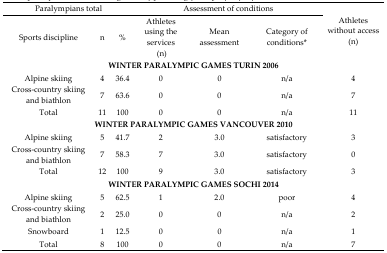
| <COLSPAN=3> Paralympians total | <COLSPAN=3> Assessment of conditions |  |
 | Sports discipline | n | % | Athletes using the services (n) | Mean assessment | Category of conditions* | Athletes without access (n) |
 | --- | --- | --- | --- | --- | --- | --- |
 | <COLSPAN=7> WINTER PARALYMPIC GAMES TURIN 2006 |
 | Alpine skiing | 4 | 36.4 | 0 | 0 | n/a | 4 |
 | Cross-country skiing and biathlon | 7 | 63.6 | 0 | 0 | n/a | 7 |
 | Total | 11 | 100 | 0 | 0 | n/a | 11 |
 | <COLSPAN=7> WINTER PARALYMPIC GAMES VANCOUVER 2010 |
 | Alpine skiing | 5 | 41.7 | 2 | 3.0 | satisfactory | 3 |
 | Cross-country skiing and biathlon | 7 | 58.3 | 7 | 3.0 | satisfactory | 0 |
 | Total | 12 | 100 | 9 | 3.0 | satisfactory | 3 |
 | <COLSPAN=7> WINTER PARALYMPIC GAMES SOCHI 2014 |
 | Alpine skiing | 5 | 62.5 | 1 | 2.0 | poor | 4 |
 | Cross-country skiing and biathlon | 2 | 25.0 | 0 | 0 | n/a | 2 |
 | Snowboard | 1 | 12.5 | 0 | 0 | n/a | 1 |
 | Total | 8 | 100 | 0 | 0 | n/a | 7 |